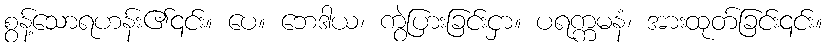
စွန့်သောရဟန်း၏၎င်း။ ပေ။ ဘေဒါယ၊ ကွဲပြားခြင်းငှာ။ ပရက္ကမနံ၊ အားထုတ်ခြင်း၎င်း။